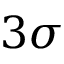
3 \sigma